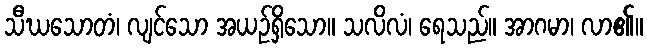
သီဃသောတံ၊ လျင်သော အယဉ်ရှိသော။ သလိလံ၊ ရေသည်။ အာဂမာ၊ လာ၏။